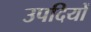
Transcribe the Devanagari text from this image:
उपदियों